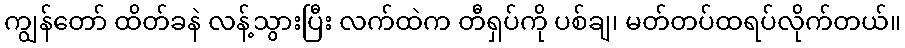
ကျွန်တော် ထိတ်ခနဲ လန့်သွားပြီး လက်ထဲက တီရှပ်ကို ပစ်ချ၊ မတ်တပ်ထရပ်လိုက်တယ်။